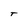
Character: T